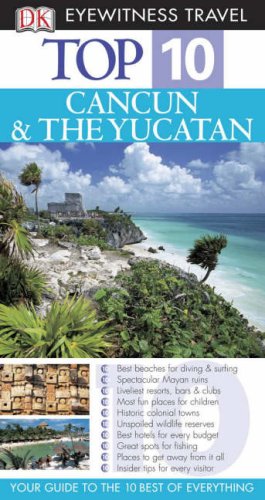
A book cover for Cancun and Yucatan (DK Eyewitness Top 10 Travel Guide); Nick Rider; Travel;